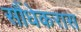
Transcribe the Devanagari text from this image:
सौंधेकरास